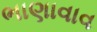
ભાણાવાવ